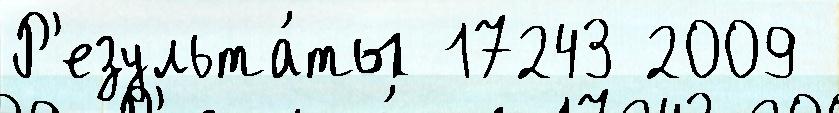
Р'езульта́ты 17243 2009